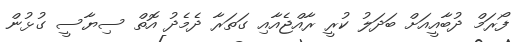
ފޯރަމް ދުބާއީއަށް ބަދަލު ކުރީ ރާއްޖެއާއި ގަތަރާ ދެމެދު އޮތް ސިޔާސީ ގުޅުން